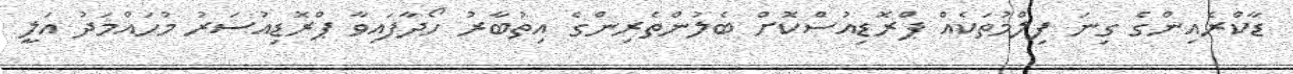
ޑާކްރެއިންގެ ގިނަ ފިލްމުތަކެއް ޕްރޮޑިއުސްކޮށް ބެލުންތެރިންގެ އިތުބާރު ހޯދާފައިވާ ޕްރޮޑިއުސަރު މުހައްމަދު އަލީ